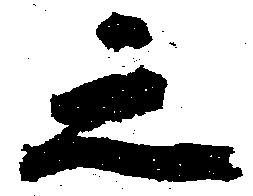
之